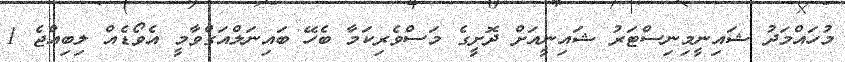
މުހައްމަދު ޝައިނީމިނިސްޓަރު ޝައިނީއަށް ދޮށީގެ މަސްވެރިކަމާ ބެހޭ ބައިނަލްއަގްވާމީ އެވޯޑެއް ލިބިއްޖެ 1